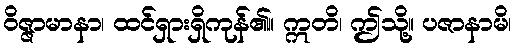
ဝိဇ္ဇာမာနာ၊ ထင်ရှားရှိကုန်၏။ ဣတိ၊ ဤသို့။ ပဇာနာမိ၊